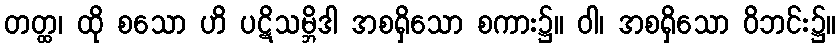
တတ္ထ၊ ထို စသော ဟိ ပဋိသမ္ဘိဒါ အစရှိသော စကား၌။ ဝါ၊ အစရှိသော ဝိဘင်း၌။